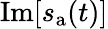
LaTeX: \operatorname{Im}[s_{\mathrm{a}}(t)]